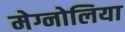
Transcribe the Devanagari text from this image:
मेग्नोलिया